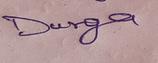
Signature authenticity: genuine